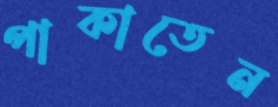
পাকাতেন